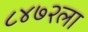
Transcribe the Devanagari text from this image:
८४७२ला